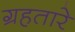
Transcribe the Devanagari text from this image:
ग्रहतारे